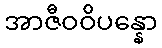
အာဇီဝဝိပန္နော